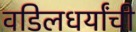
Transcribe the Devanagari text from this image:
वडिलधर्यांची